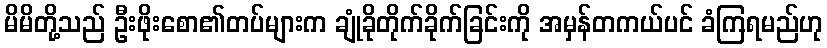
မိမိတို့သည် ဦးဖိုးစော၏တပ်များက ချုံခိုတိုက်ခိုက်ခြင်းကို အမှန်တကယ်ပင် ခံကြရမည်ဟု